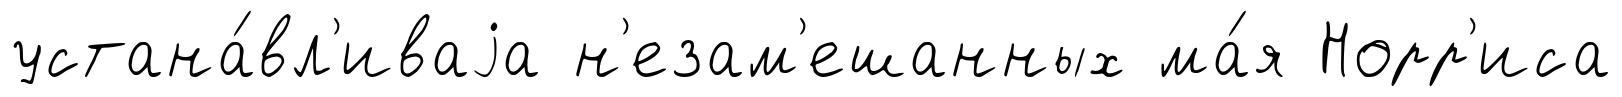
устана́вл'иваjа н'езам'ешанных ма́я Норр'иса